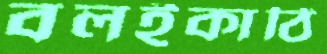
বলইকাঠি